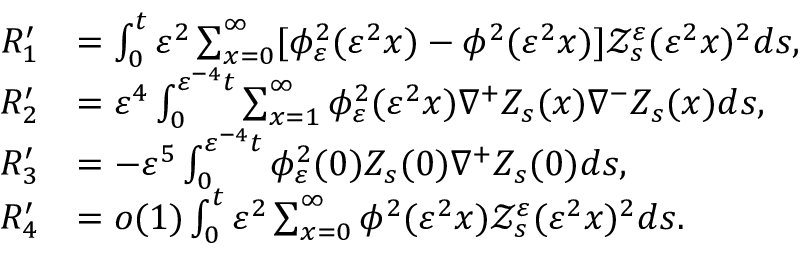
\begin{array} { r l } { R _ { 1 } ^ { \prime } } & { = \int _ { 0 } ^ { t } \varepsilon ^ { 2 } \sum _ { x = 0 } ^ { \infty } [ \phi _ { \varepsilon } ^ { 2 } ( \varepsilon ^ { 2 } x ) - \phi ^ { 2 } ( \varepsilon ^ { 2 } x ) ] \mathscr { Z } _ { s } ^ { \varepsilon } ( \varepsilon ^ { 2 } x ) ^ { 2 } d s , } \\ { R _ { 2 } ^ { \prime } } & { = \varepsilon ^ { 4 } \int _ { 0 } ^ { \varepsilon ^ { - 4 } t } \sum _ { x = 1 } ^ { \infty } \phi _ { \varepsilon } ^ { 2 } ( \varepsilon ^ { 2 } x ) \nabla ^ { + } Z _ { s } ( x ) \nabla ^ { - } Z _ { s } ( x ) d s , } \\ { R _ { 3 } ^ { \prime } } & { = - \varepsilon ^ { 5 } \int _ { 0 } ^ { \varepsilon ^ { - 4 } t } \phi _ { \varepsilon } ^ { 2 } ( 0 ) Z _ { s } ( 0 ) \nabla ^ { + } Z _ { s } ( 0 ) d s , } \\ { R _ { 4 } ^ { \prime } } & { = o ( 1 ) \int _ { 0 } ^ { t } \varepsilon ^ { 2 } \sum _ { x = 0 } ^ { \infty } \phi ^ { 2 } ( \varepsilon ^ { 2 } x ) \mathscr { Z } _ { s } ^ { \varepsilon } ( \varepsilon ^ { 2 } x ) ^ { 2 } d s . } \end{array}